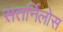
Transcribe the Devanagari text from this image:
सतर्निलोस